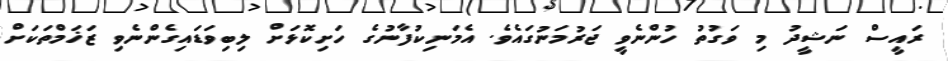
ރައީސް ނަޝީދު މި ވަގުތު ހުންނެވީ ޖަރުމަނުގައެވެ. އެމަނިކުފާނުގެ ހަށިކޮޅަށް ލިބިވަޑައިގެންނެވި ޒަޚަމްތަކަށް